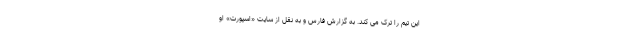
این تیم را ترک می کند. به گزارش فارس و به نقل از سایت «اسپورت» او